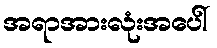
အရာအားလုံးအပေါ်